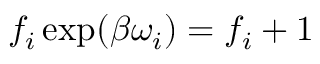
f _ { i } \exp ( \beta \omega _ { i } ) = f _ { i } + 1